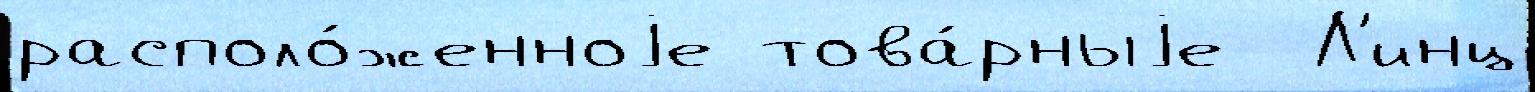
располо́женноjе това́рныjе  Л'инц